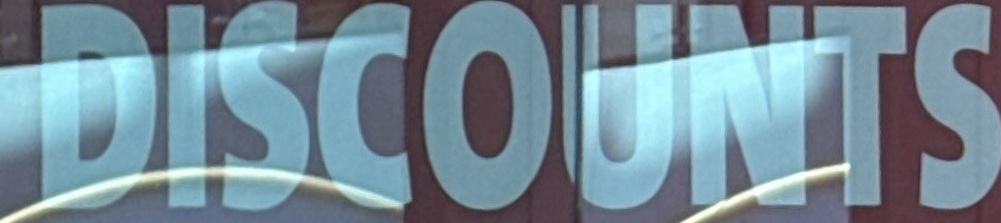
DISCOUNTS